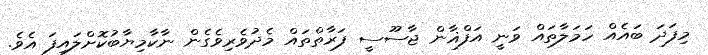
މިފަދަ ބައެއް ހަމަލާތައް ވަނީ އަފްޣާން ޖާސޫސީ ފަރާތްތައް މެދުވެރިވެގެން ނާކާމިޔާބުކޮށްލައިފަ އެވެ.